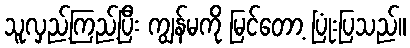
သူလှည့်ကြည့်ပြီး ကျွန်မကို မြင်တော့ ပြုံးပြသည်။